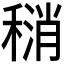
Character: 𫁄